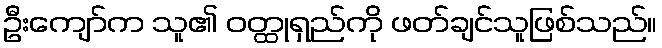
ဦးကျော်က သူ၏ ဝတ္ထုရှည်ကို ဖတ်ချင်သူဖြစ်သည်။